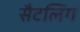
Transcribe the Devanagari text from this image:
सैटलिंग